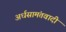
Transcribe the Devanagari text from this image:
अर्धसामंतवादी